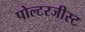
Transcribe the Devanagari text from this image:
पोल्टरजीस्ट